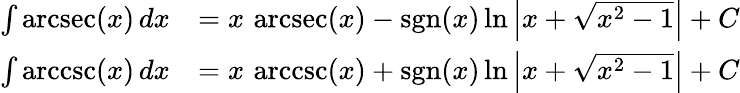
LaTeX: {\begin{array}{rl}{\int\operatorname{arcsec}(x)\, dx}&{=x\, \operatorname{arcsec}(x)-\operatorname{sgn}(x)\ln\left|x+{\sqrt{x^{2}-1}}\right|+C}\\ {\int\operatorname{arccsc}(x)\, dx}&{=x\, \operatorname{arccsc}(x)+\operatorname{sgn}(x)\ln\left|x+{\sqrt{x^{2}-1}}\right|+C}\end{array}}